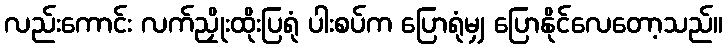
လည်းကောင်း လက်ညှိုးထိုးပြရုံ ပါးစပ်က ပြောရုံမျှ ပြောနိုင်လေတော့သည်။